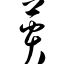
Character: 蒉